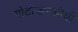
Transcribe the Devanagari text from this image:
गोटोव्हस्कीची